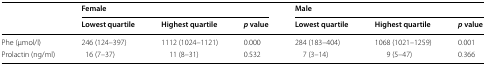
| <ROWSPAN=2>  | <COLSPAN=3> Female | <COLSPAN=3> Male |
 | Lowest quartile | Highest quartile | p value | Lowest quartile | Highest quartile | p value |
 | --- | --- | --- | --- | --- | --- | --- |
 | Phe (μmol/l) | 246 (124–397) | 1112 (1024–1121) | 0.000 | 284 (183–404) | 1068 (1021–1259) | 0.001 |
 | Prolactin (ng/ml) | 16 (7–37) | 11 (8–31) | 0.532 | 7 (3–14) | 9 (5–47) | 0.366 |